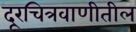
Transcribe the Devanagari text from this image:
दूरचित्रवाणीतील